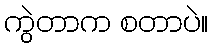
ကွဲတာက စတာပဲ။